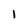
Character: l